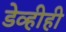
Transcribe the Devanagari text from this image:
डेव्हीही